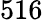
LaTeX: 516